Leaving Certificate, 1937
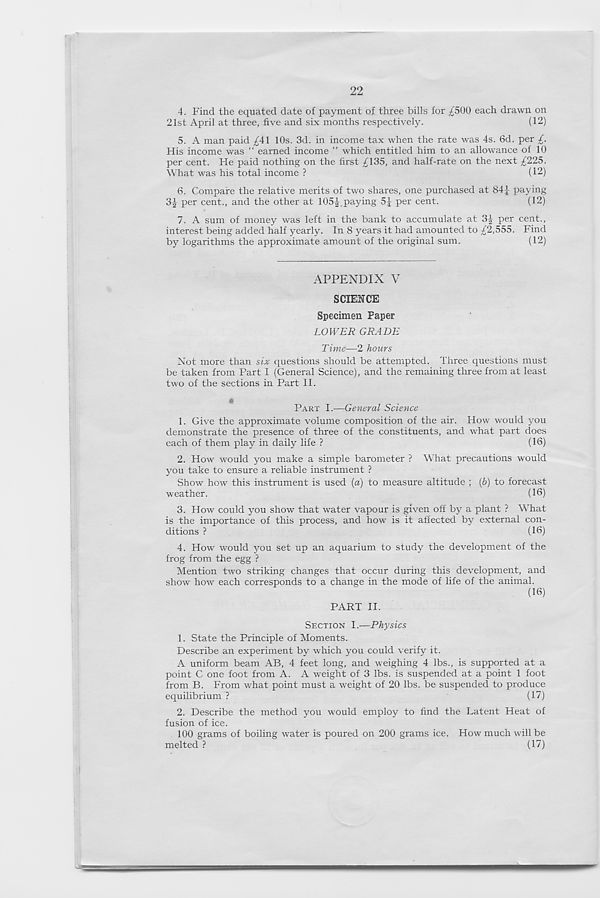
22
4. Find the equated date of payment of three bills for £500 each drawn on
21st April at three, five and six months respectively.
(12)
5. A man paid £41 10s. 3d. in income tax when the rate was 4s. 6d. per £.
His income was “ earned income ” which entitled him to an allowance of 10
per cent. He paid nothing on the first £135, and half-rate on the next £225.
What was his total income ?
(12)
6. Compare the relative merits of two shares, one purchased at 84J paying
3£ per cent., and the other at 105|.paying 5| per cent.
(12)
7. A sum of money was left in the bank to accumulate a,t 3| per cent.,
interest being added half yearly. In 8 years it had amounted to £2,555. Find
by logarithms the approximate amount of the original sum.
(12)
APPENDIX V
SCIENCE
Specimen Paper
LOWER GRADE
Time—2 hours
Not more than six questions should be attempted. Three questions must
be taken from Part I (General Science), and the remaining three from at least
two of the sections in Part II.
PART I.—General Science
1. Give the approximate volume composition of the air. How would you
demonstrate the presence of three of the constituents, and what part does
each of them play in daily life ?
(16)
2. How would you make a simple barometer ? What precautions would
you take to ensure a reliable instrument ?
Show how this instrument is used (a) to measure altitude ; (6) to forecast
weather.
(16)
3. How could you show that water vapour is given off by a plant ? What
is the importance of this process, and how is it affected by external con-
ditions ?
(16)
4.
How wo
frog from the egg ?
Mention two striking changes that occur during this development, and
show how each corresponds to a change in the mode of life of the animal.
(16)
PART II.
SECTION I.—Physics
1. State the Principle of Moments.
Describe an experiment by which you could verify it.
A uniform beam AB, 4 feet long, and weighing 4 lbs., is supported at a
point C one foot from A. A weight of 3 lbs. is suspended at a point 1 foot
from B. From what point must a weight of 20 lbs. be suspended to produce
equilibrium ?
(17)
2. Describe the method you would employ to find the Latent Heat of
fusion of ice.
100 grams of boiling water is poured on 200 grams ice. How much will be
melted ?
(17)
=